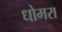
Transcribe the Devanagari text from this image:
धोमरा